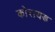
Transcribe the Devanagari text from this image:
कोरायड